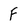
Character: f